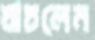
যাচলেম